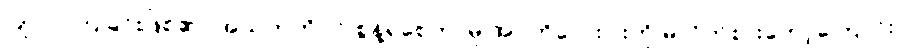
ပြုလုပ်ကြခြင်းဖြစ်၏။ အသက်ကိုပင် စွန့်ရစေကာမူ အဂတိလေးပါးကို မလိုက်စားတော့ကြောင်း၊